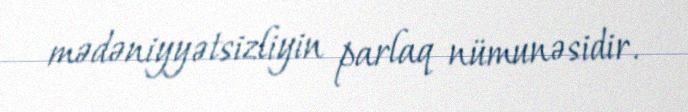
mədəniyyətsizliyin parlaq nümunəsidir.